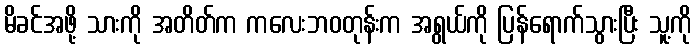
မိခင်အဖို့ သားကို အတိတ်က ကလေးဘဝတုန်းက အရွယ်ကို ပြန်ရောက်သွားပြီး သူ့ကို